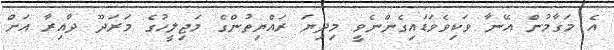
އެ މަގާމުން އޭނާ ވަކިވެވަޑައިގެންނެވީ މިދިޔަ ރައްޔިތުންގެ މަޖިލީހުގެ މަރަދޫ ދާއިރާ އަށް